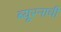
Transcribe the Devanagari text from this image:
ब्यूरनाची